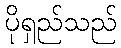
ပိုရှည်သည်